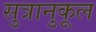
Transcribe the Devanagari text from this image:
सुत्रानुकूल